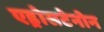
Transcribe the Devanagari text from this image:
एड्रोसटेनोन